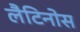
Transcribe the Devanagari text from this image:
लैटिनोस